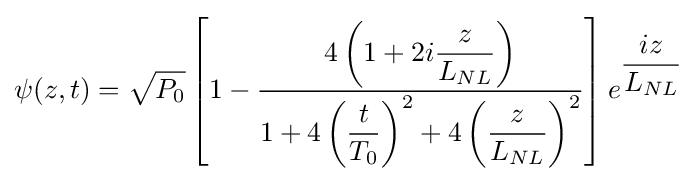
\psi (z,t)={\sqrt {P_{0}}}\left[1-{\frac {4\left(1+2i{\dfrac {z}{L_{NL}}}\right)}{1+4\left({\dfrac {t}{T_{0}}}\right)^{2}+4\left({\dfrac {z}{L_{NL}}}\right)^{2}}}\right]e^{\dfrac {iz}{L_{NL}}}